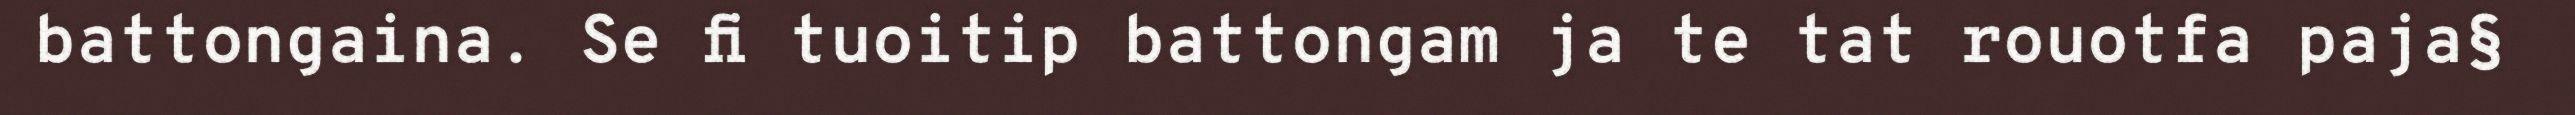
battongaina. Se fi tuoitip battongam ja te tat rouotfa paja§